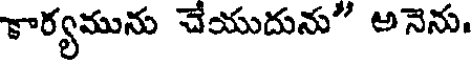
కార్యమును చేయుదును" అనెను,